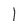
Character: I